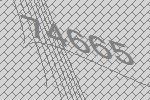
74665